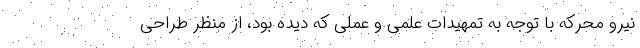
نیرو محرکه با توجه به تمهیدات علمی و عملی که دیده بود، از منظر طراحی